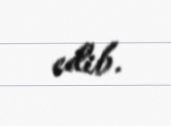
edib.